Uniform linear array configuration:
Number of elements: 12
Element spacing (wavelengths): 0.25
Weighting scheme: uniform
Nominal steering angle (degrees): -45
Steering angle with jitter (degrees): -44.364
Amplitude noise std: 0.05
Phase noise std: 0.05

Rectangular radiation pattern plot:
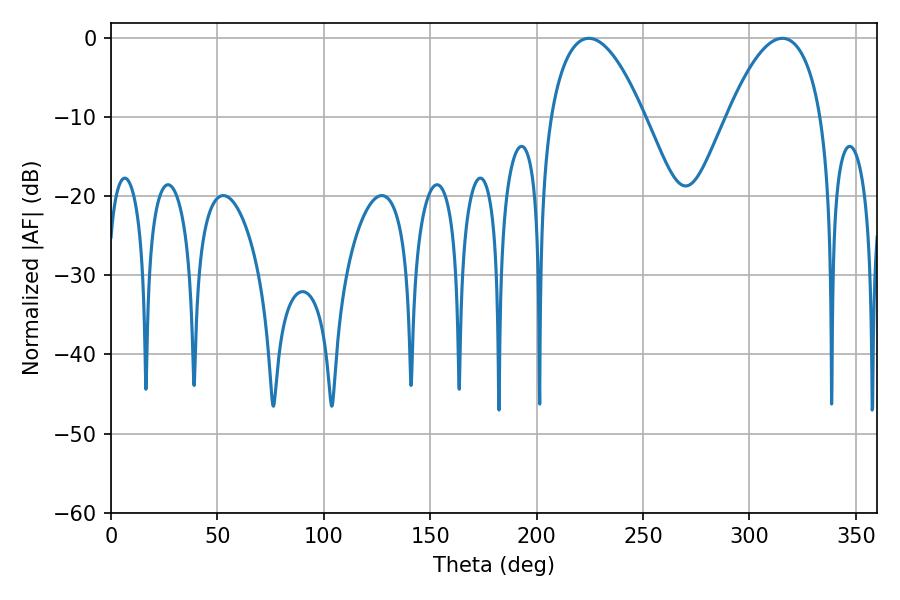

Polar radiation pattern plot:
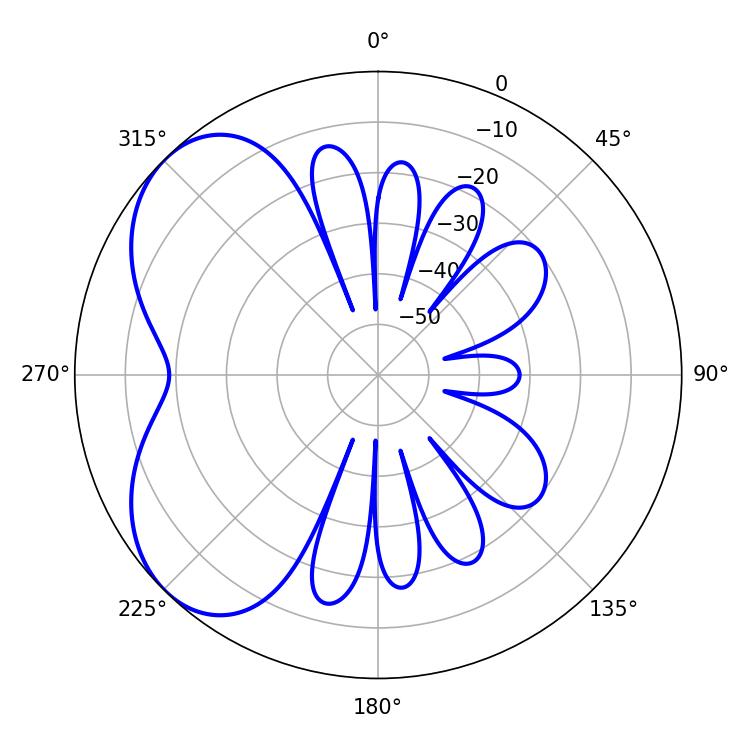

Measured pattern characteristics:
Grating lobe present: FALSE
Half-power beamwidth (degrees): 24.48
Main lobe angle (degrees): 224.46